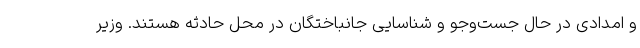
و امدادی در حال جست‌وجو و شناسایی جانباختگان در محل حادثه هستند. وزیر